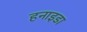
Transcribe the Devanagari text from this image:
हनाइडा